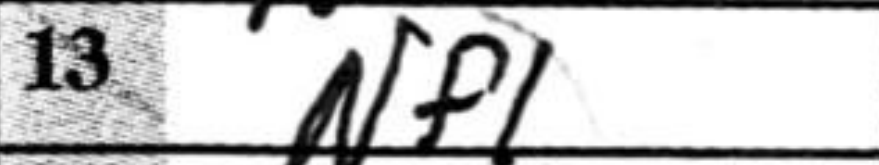
Transcription: Nf1